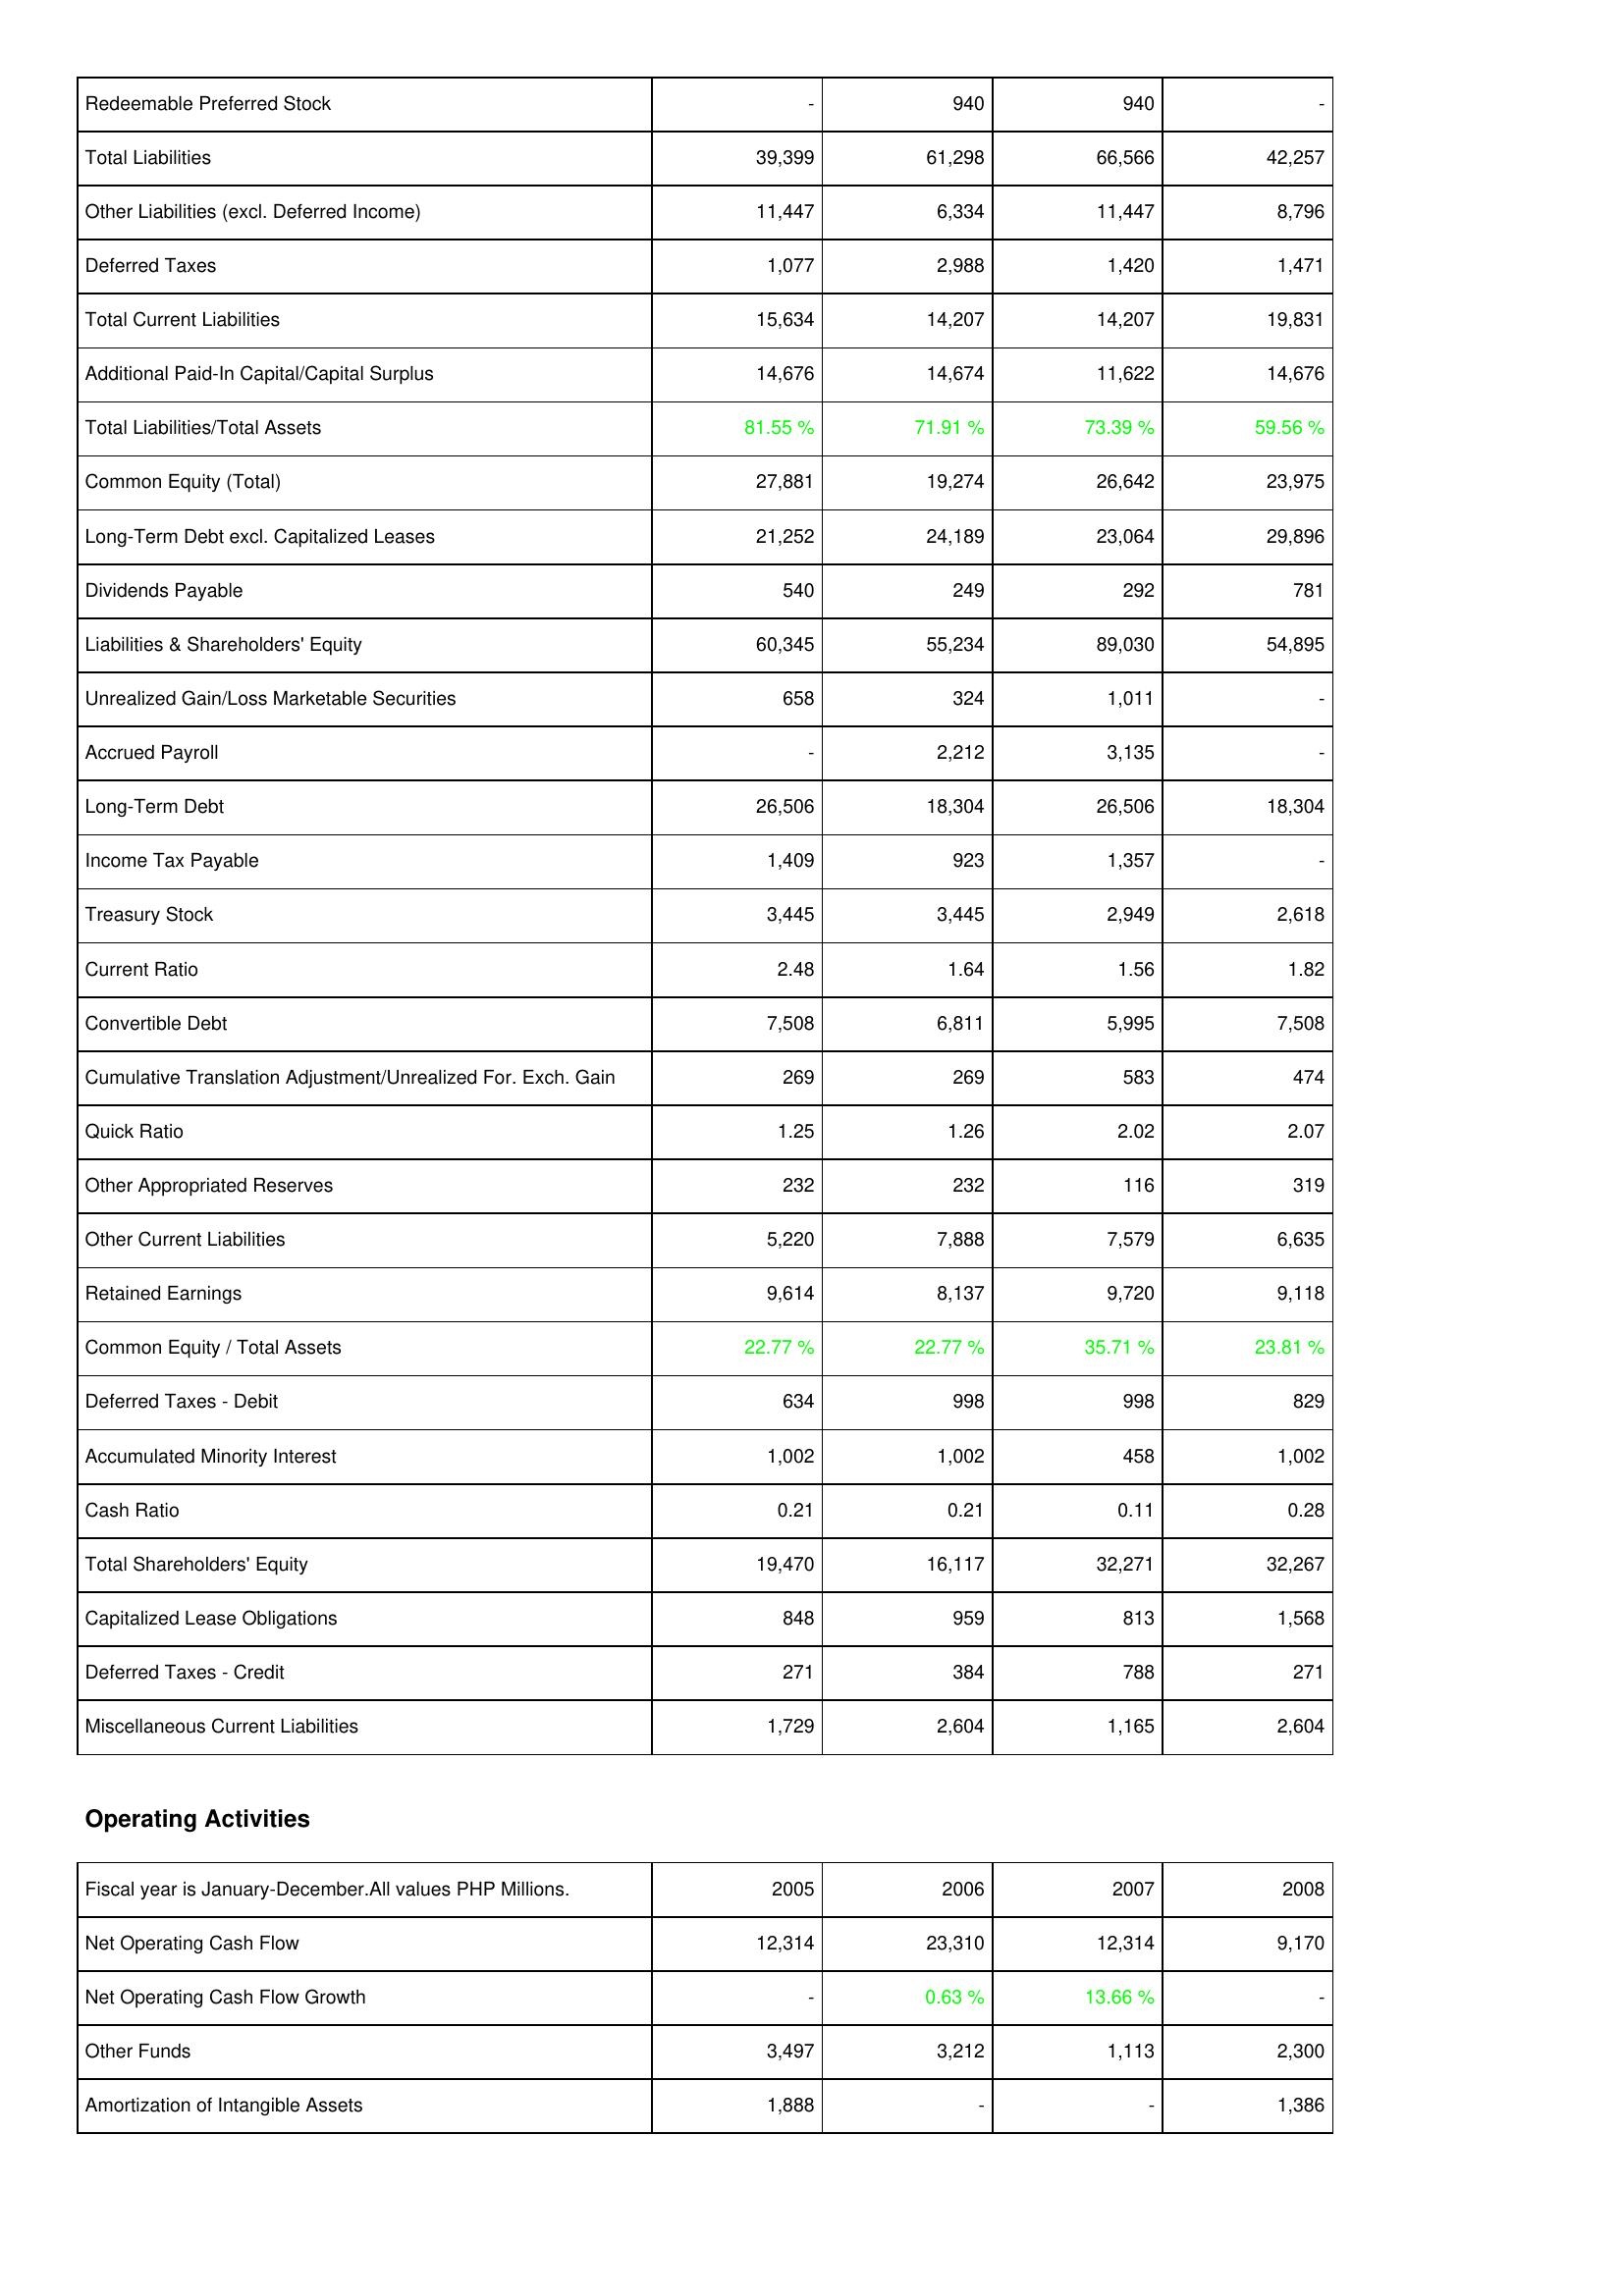
2005: Liabilities & Shareholders' Equity: Redeemable Preferred Stock: -
Total Liabilities: 39,399
Other Liabilities (excl. Deferred Income): 11,447
Deferred Taxes: 1,077
Total Current Liabilities: 15,634
Additional Paid-In Capital/Capital Surplus: 14,676
Total Liabilities/Total Assets: 81.55 %
Common Equity (Total): 27,881
Long-Term Debt excl. Capitalized Leases: 21,252
Dividends Payable: 540
Liabilities & Shareholders' Equity: 60,345
Unrealized Gain/Loss Marketable Securities: 658
Accrued Payroll: -
Long-Term Debt: 26,506
Income Tax Payable: 1,409
Treasury Stock: 3,445
Current Ratio: 2.48
Convertible Debt: 7,508
Cumulative Translation Adjustment/Unrealized For. Exch. Gain: 269
Quick Ratio: 1.25
Other Appropriated Reserves: 232
Other Current Liabilities: 5,220
Retained Earnings: 9,614
Common Equity / Total Assets: 22.77 %
Deferred Taxes - Debit: 634
Accumulated Minority Interest: 1,002
Cash Ratio: 0.21
Total Shareholders' Equity: 19,470
Capitalized Lease Obligations: 848
Deferred Taxes - Credit: 271
Miscellaneous Current Liabilities: 1,729
Operating Activities: Net Operating Cash Flow: 12,314
Net Operating Cash Flow Growth: -
Other Funds: 3,497
Amortization of Intangible Assets: 1,888
2006: Liabilities & Shareholders' Equity: Redeemable Preferred Stock: 940
Total Liabilities: 61,298
Other Liabilities (excl. Deferred Income): 6,334
Deferred Taxes: 2,988
Total Current Liabilities: 14,207
Additional Paid-In Capital/Capital Surplus: 14,674
Total Liabilities/Total Assets: 71.91 %
Common Equity (Total): 19,274
Long-Term Debt excl. Capitalized Leases: 24,189
Dividends Payable: 249
Liabilities & Shareholders' Equity: 55,234
Unrealized Gain/Loss Marketable Securities: 324
Accrued Payroll: 2,212
Long-Term Debt: 18,304
Income Tax Payable: 923
Treasury Stock: 3,445
Current Ratio: 1.64
Convertible Debt: 6,811
Cumulative Translation Adjustment/Unrealized For. Exch. Gain: 269
Quick Ratio: 1.26
Other Appropriated Reserves: 232
Other Current Liabilities: 7,888
Retained Earnings: 8,137
Common Equity / Total Assets: 22.77 %
Deferred Taxes - Debit: 998
Accumulated Minority Interest: 1,002
Cash Ratio: 0.21
Total Shareholders' Equity: 16,117
Capitalized Lease Obligations: 959
Deferred Taxes - Credit: 384
Miscellaneous Current Liabilities: 2,604
Operating Activities: Net Operating Cash Flow: 23,310
Net Operating Cash Flow Growth: 0.63 %
Other Funds: 3,212
Amortization of Intangible Assets: -
2007: Liabilities & Shareholders' Equity: Redeemable Preferred Stock: 940
Total Liabilities: 66,566
Other Liabilities (excl. Deferred Income): 11,447
Deferred Taxes: 1,420
Total Current Liabilities: 14,207
Additional Paid-In Capital/Capital Surplus: 11,622
Total Liabilities/Total Assets: 73.39 %
Common Equity (Total): 26,642
Long-Term Debt excl. Capitalized Leases: 23,064
Dividends Payable: 292
Liabilities & Shareholders' Equity: 89,030
Unrealized Gain/Loss Marketable Securities: 1,011
Accrued Payroll: 3,135
Long-Term Debt: 26,506
Income Tax Payable: 1,357
Treasury Stock: 2,949
Current Ratio: 1.56
Convertible Debt: 5,995
Cumulative Translation Adjustment/Unrealized For. Exch. Gain: 583
Quick Ratio: 2.02
Other Appropriated Reserves: 116
Other Current Liabilities: 7,579
Retained Earnings: 9,720
Common Equity / Total Assets: 35.71 %
Deferred Taxes - Debit: 998
Accumulated Minority Interest: 458
Cash Ratio: 0.11
Total Shareholders' Equity: 32,271
Capitalized Lease Obligations: 813
Deferred Taxes - Credit: 788
Miscellaneous Current Liabilities: 1,165
Operating Activities: Net Operating Cash Flow: 12,314
Net Operating Cash Flow Growth: 13.66 %
Other Funds: 1,113
Amortization of Intangible Assets: -
2008: Liabilities & Shareholders' Equity: Redeemable Preferred Stock: -
Total Liabilities: 42,257
Other Liabilities (excl. Deferred Income): 8,796
Deferred Taxes: 1,471
Total Current Liabilities: 19,831
Additional Paid-In Capital/Capital Surplus: 14,676
Total Liabilities/Total Assets: 59.56 %
Common Equity (Total): 23,975
Long-Term Debt excl. Capitalized Leases: 29,896
Dividends Payable: 781
Liabilities & Shareholders' Equity: 54,895
Unrealized Gain/Loss Marketable Securities: -
Accrued Payroll: -
Long-Term Debt: 18,304
Income Tax Payable: -
Treasury Stock: 2,618
Current Ratio: 1.82
Convertible Debt: 7,508
Cumulative Translation Adjustment/Unrealized For. Exch. Gain: 474
Quick Ratio: 2.07
Other Appropriated Reserves: 319
Other Current Liabilities: 6,635
Retained Earnings: 9,118
Common Equity / Total Assets: 23.81 %
Deferred Taxes - Debit: 829
Accumulated Minority Interest: 1,002
Cash Ratio: 0.28
Total Shareholders' Equity: 32,267
Capitalized Lease Obligations: 1,568
Deferred Taxes - Credit: 271
Miscellaneous Current Liabilities: 2,604
Operating Activities: Net Operating Cash Flow: 9,170
Net Operating Cash Flow Growth: -
Other Funds: 2,300
Amortization of Intangible Assets: 1,386